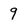
Character: 9